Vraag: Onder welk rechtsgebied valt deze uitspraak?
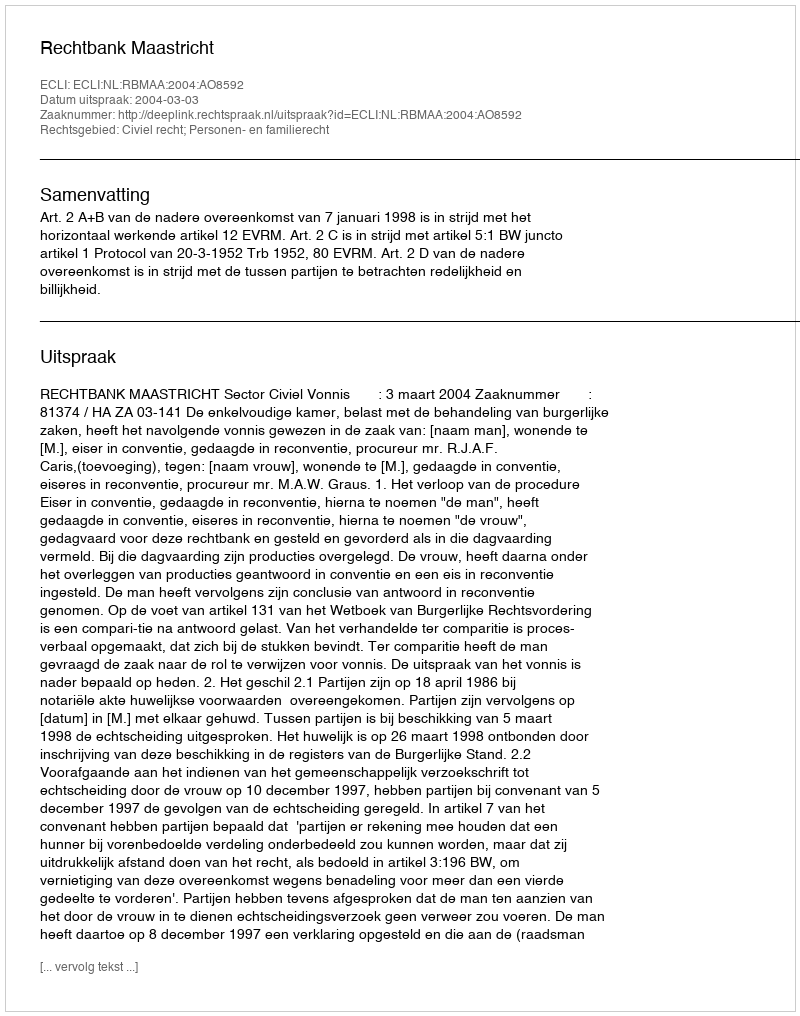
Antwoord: Civiel recht; Personen- en familierecht